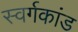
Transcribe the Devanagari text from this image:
स्वर्गकांड